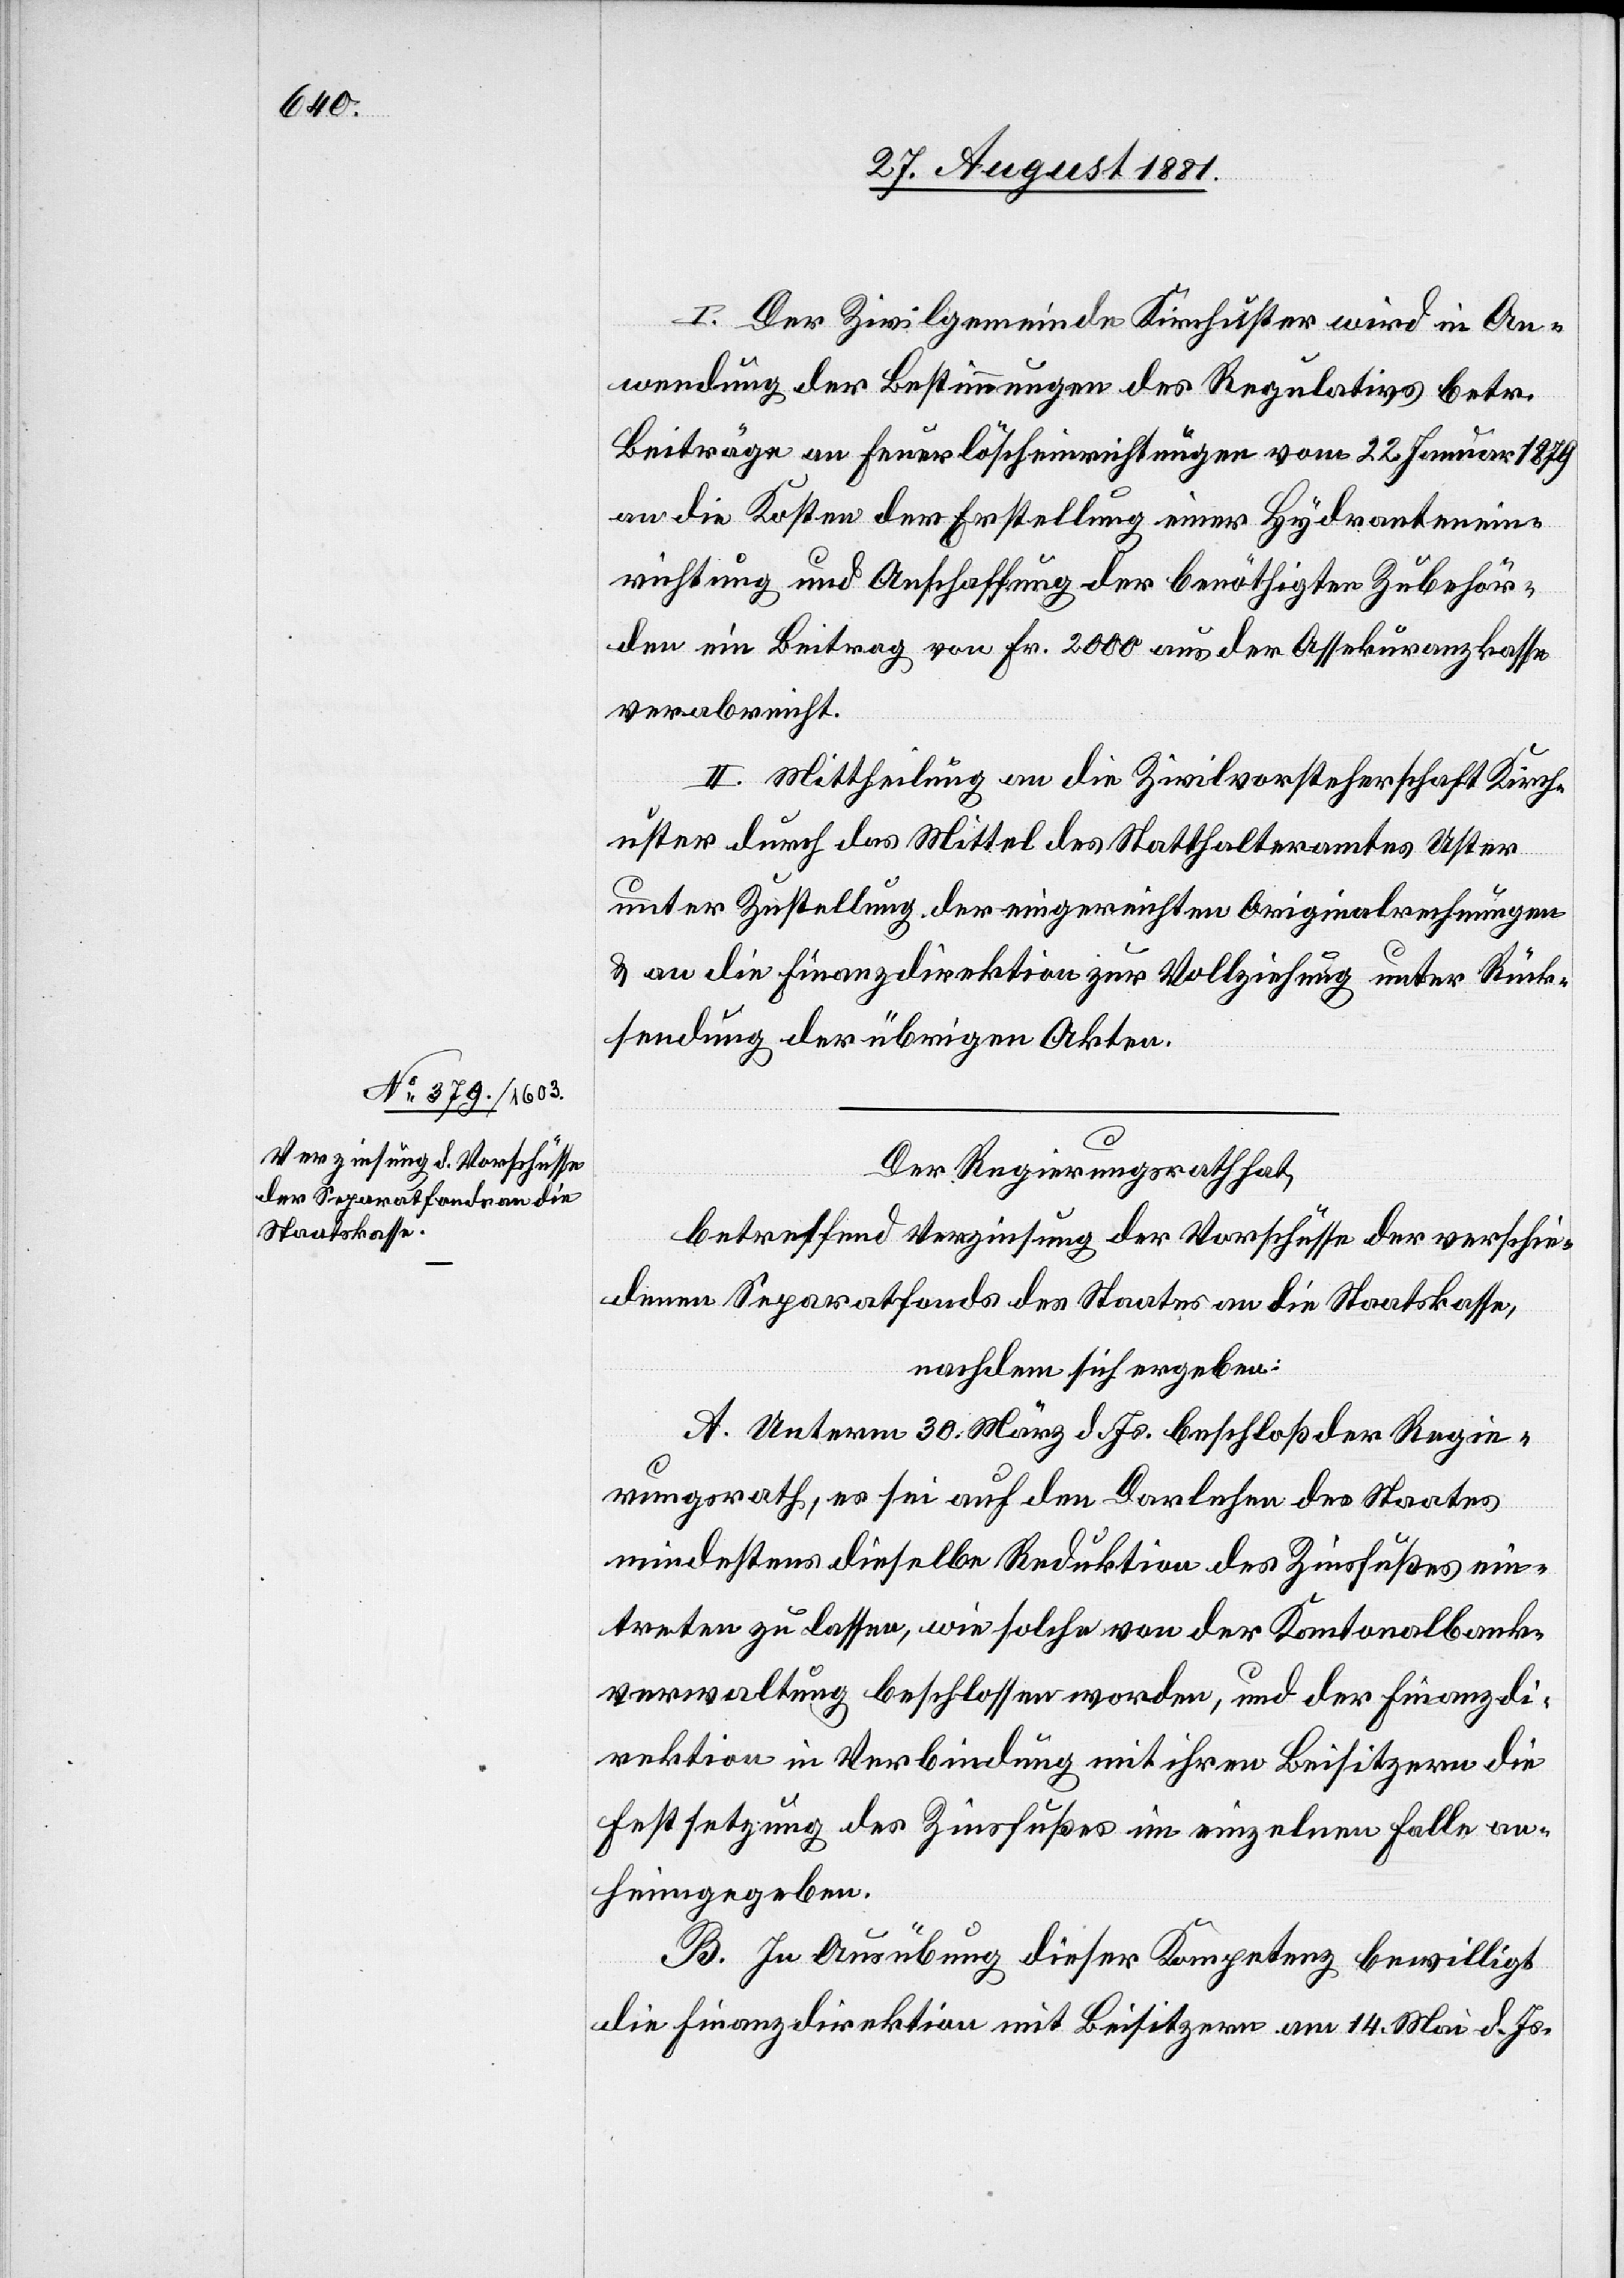
I. Der Zivilgemeinde Kirchuster wird in An¬
wendung der Bestimmungen des Regulatives betr.
Beiträge an Feuerlöscheinrichtungen vom 22. Januar 1879
an die Kosten der Erstellung einer Hydrantenein¬
richtung und Anschaffung der benöthigten Zubehör¬
ein Beitrag von Fr. 2000 aus der Assekuranzkasse
verabreicht.
II. Mittheilung an die Zivilvorsteherschaft Kirch¬
uster durch das Mittel des Statthalteramtes Uster
unter Zustellung der eingereichten Originalrechnungen
& an die Finanzdirektion zur Vollziehung unter Rück¬
sendung der übrigen Akten.
Der Regierungsrath hat,
betreffend Verzinsung der Vorschüsse der verschie¬
denen Separatfonds des Staates an die Staatskasse,
nachdem sich ergeben:
A. Unterm 30. März d. Js. beschloß der Regie¬
rungsrath, es sei auf den Darlehen des Staates
den
mindestens dieselbe Reduktion des Zinsfußes ein¬
treten zu lassen, wie solche von der Kantonalbank¬
verwaltung beschlossen worden, und der Finanzdi¬
rektion in Verbindung mit ihren Beisitzern die
Festsetzung des Zinsfußes im einzelnen Falle an¬
heimgegeben.
B. In Ausübung dieser Kompetenz bewilligt
die Finanzdirektion mit Beisitzern am 14. Mai d. Js.